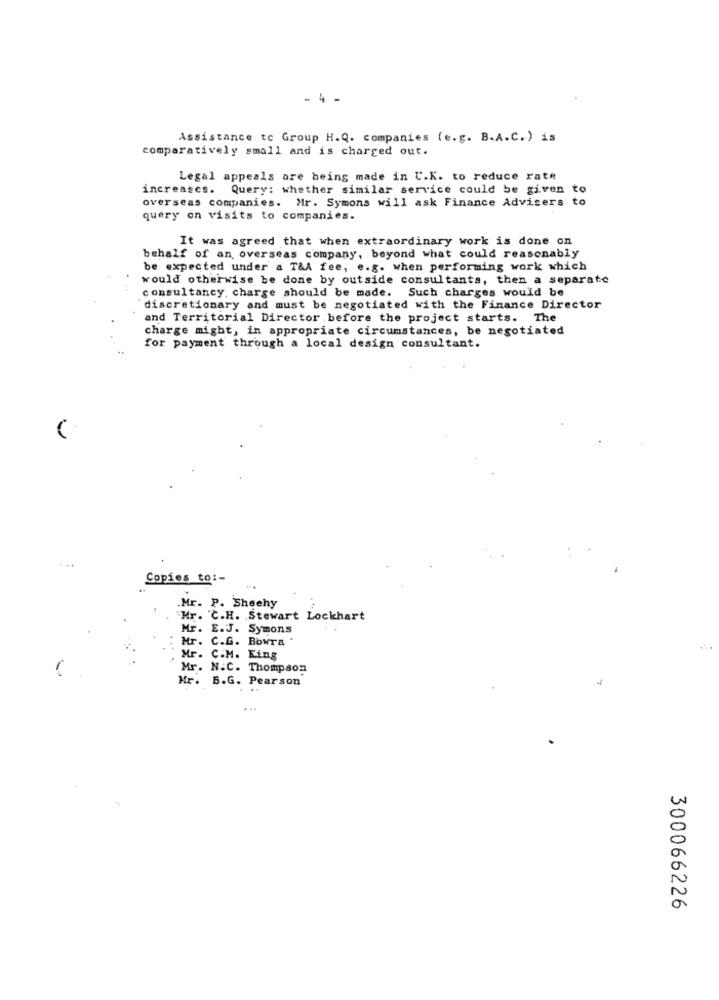
. 4 -
Assistance to Group H.Q. companies (e.g. B.A.C.) is
comparatively small and is charged out.
Legal appeals are being made in U.K. to reduce rate
increases. Query: whether similar service could be given to
overseas companies. Mr. Symons will ask Finance Advisers to
query on visits to companies.
It was agreed that when extraordinary work is done on
behalf of an, overseas company, beyond what could reasonably
be expected under a T&A fee, e.g. when performing work which
would otherwise be done by outside consultants, then a separate
consultancy, charge should be made. Such charges would be
discretionary and must be negotiated with the Finance Director
and Territorial Director before the project starts. The
charge might, in appropriate circumstances, be negotiated
for payment through a local design consultant.
Copies to :-
.Mr. P. Sheehy
Mr. C.H. Stewart Lockhart
Mr. E.J. Symons
Mr. C.G. Bowra .
Mr. C.M. Eing
Mr. N.C. Thompson
Mr. B.G. Pearson
300066226